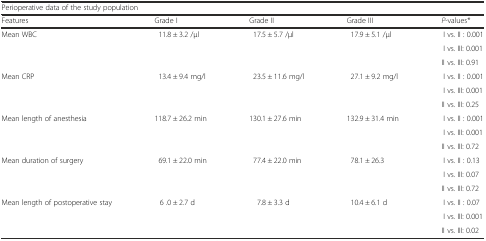
| <COLSPAN=5> Perioperative data of the study population |
 | Features | Grade I | Grade II | Grade III | P-values* |
 | --- | --- | --- | --- | --- |
 | <ROWSPAN=3> Mean WBC | <ROWSPAN=3> 11.8 ± 3.2 /μl | <ROWSPAN=3> 17.5 ± 5.7 /μl | <ROWSPAN=3> 17.9 ± 5.1 /μl | I vs. II : 0.001 |
 | I vs. III: 0.001 |
 | II vs. III: 0.91 |
 | <ROWSPAN=3> Mean CRP | <ROWSPAN=3> 13.4 ± 9.4 mg/l | <ROWSPAN=3> 23.5 ± 11.6 mg/l | <ROWSPAN=3> 27.1 ± 9.2 mg/l | I vs. II : 0.001 |
 | I vs. III: 0.001 |
 | II vs. III: 0.25 |
 | <ROWSPAN=3> Mean length of anesthesia | <ROWSPAN=3> 118.7 ± 26.2 min | <ROWSPAN=3> 130.1 ± 27.6 min | <ROWSPAN=3> 132.9 ± 31.4 min | I vs. II : 0.001 |
 | I vs. III: 0.001 |
 | II vs. III: 0.72 |
 | <ROWSPAN=3> Mean duration of surgery | <ROWSPAN=3> 69.1 ± 22.0 min | <ROWSPAN=3> 77.4 ± 22.0 min | <ROWSPAN=3> 78.1 ± 26.3 | I vs. II : 0.13 |
 | I vs. III: 0.07 |
 | II vs. III: 0.72 |
 | <ROWSPAN=3> Mean length of postoperative stay | <ROWSPAN=3> 6 .0 ± 2.7 d | <ROWSPAN=3> 7.8 ± 3.3 d | <ROWSPAN=3> 10.4 ± 6.1 d | I vs. II : 0.07 |
 | I vs. III: 0.001 |
 | II vs. III: 0.02 |